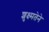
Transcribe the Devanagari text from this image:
शुक्ष्मतेने